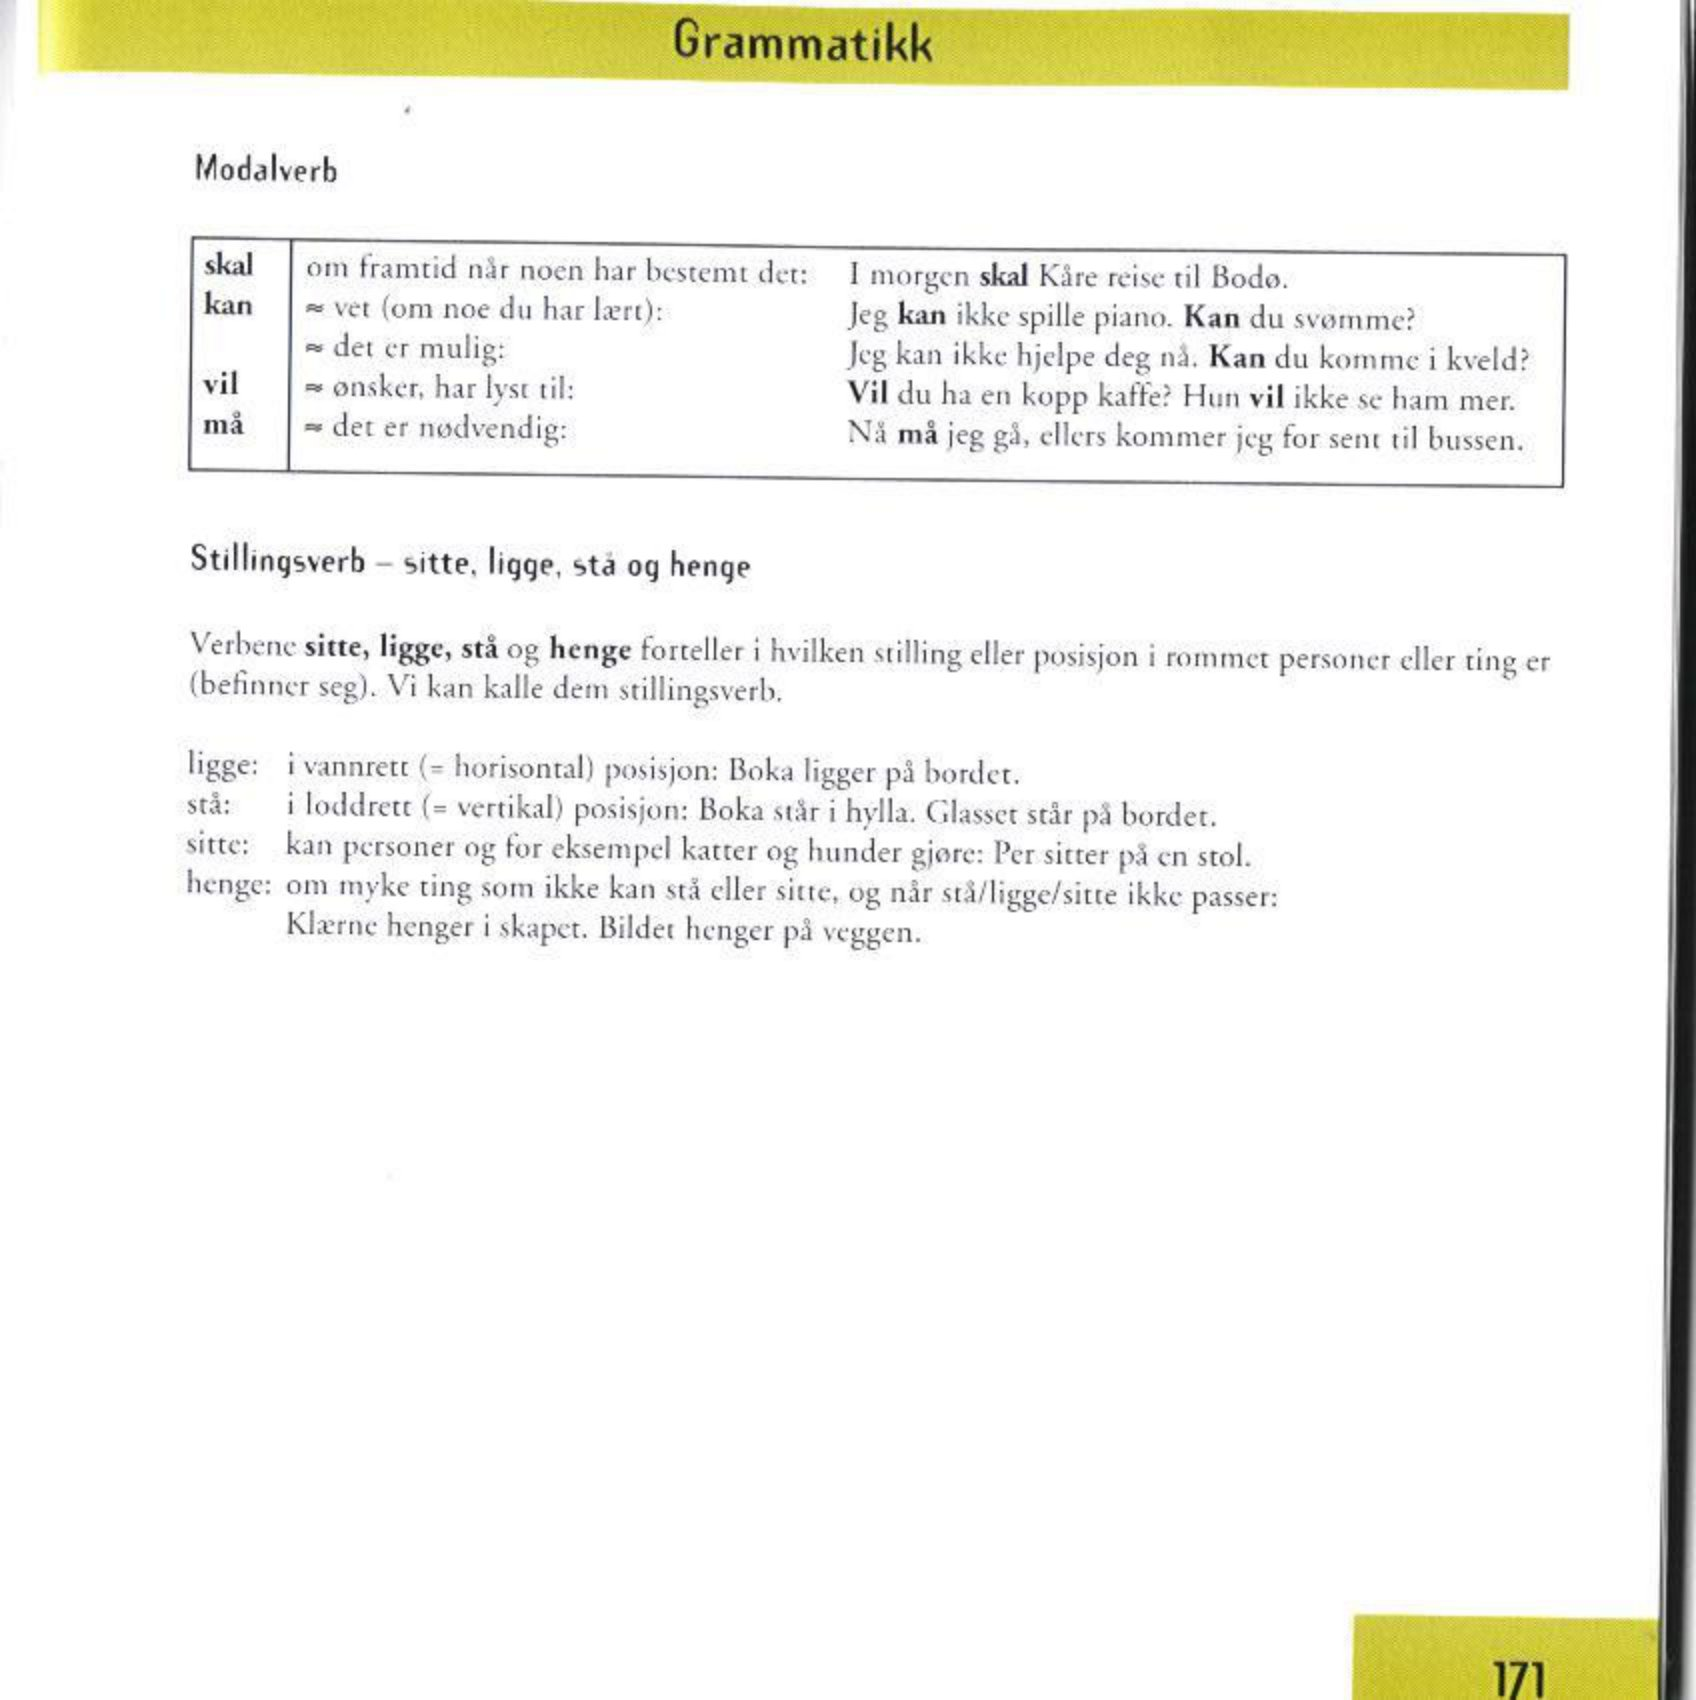
Language: no